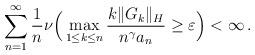
LaTeX: \begin{align*}\sum_{n=1}^\infty \frac{1}{n}{\mathbb \nu}\Big ( \max_{1 \leq k \leq n} \frac{k\|G_k\|_H}{n^\gamma a_n} \geq \varepsilon\Big ) < \infty \, .\end{align*}